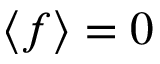
\langle f \rangle = 0